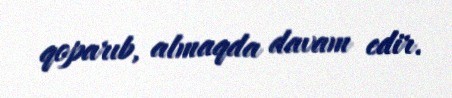
qoparıb, almaqda davam edir.